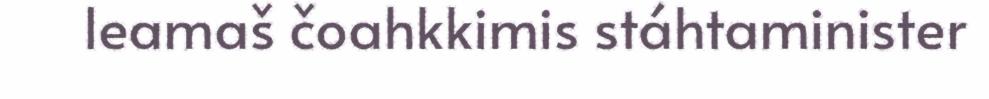
leamaš čoahkkimis stáhtaminister